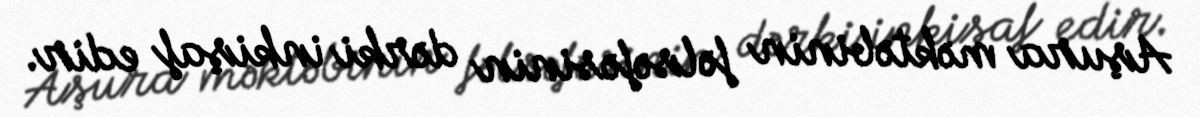
Aşura məktəbinin fəlsəfəsinin dərki inkişaf edir.